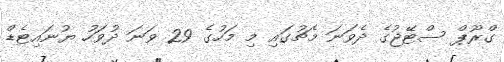
ގްރޫޕް ސްޓޭޖުގެ ދެވަނަ މެޗުގައި މި މަހުގެ 29 ވަނަ ދުވަހު ޔުނައިޓެޑް